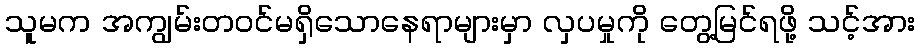
သူမက အကျွမ်းတ၀င်မရှိသောနေရာများမှာ လှပမှုကို တွေ့မြင်ရဖို့ သင့်အား